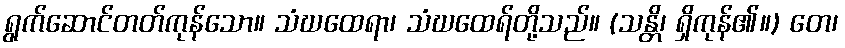
ရွက်ဆောင်တတ်ကုန်သော။ သံဃထေရာ၊ သံဃထေရ်တို့သည်။ (သန္တိ၊ ရှိကုန်၏။) တေ၊